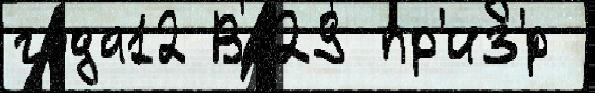
года12 В129 пр'из'́р